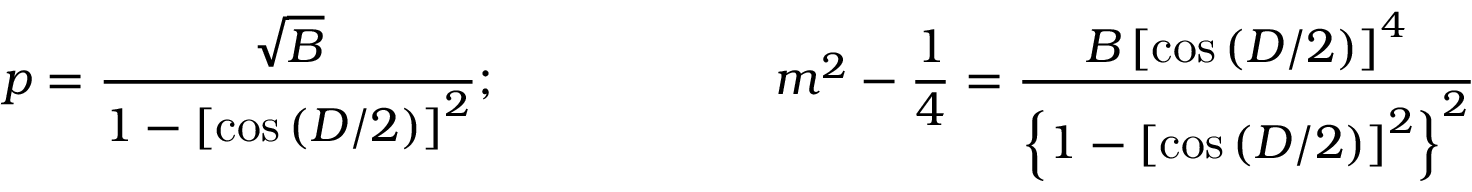
p = \frac { \sqrt { B } } { 1 - \left[ \cos \left( D / 2 \right) \right] ^ { 2 } } ; \ \ \ \ \ \ \ \ \ \ \ \ \ \ \ \ \ m ^ { 2 } - \frac { 1 } { 4 } = \frac { B \left[ \cos \left( D / 2 \right) \right] ^ { 4 } } { \left\{ 1 - \left[ \cos \left( D / 2 \right) \right] ^ { 2 } \right\} ^ { 2 } }